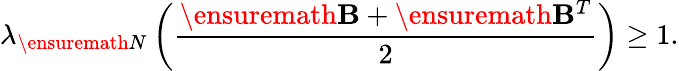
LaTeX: \lambda_{\ensuremath{N}}\left(\frac{\ensuremath{\mathbf{B}}+\ensuremath{\mathbf{B}}^{T}}{2}\right)\geq 1.